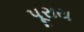
પૂરાય